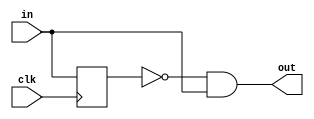
// This program was cloned from: https://github.com/tinyfpga/TinyFPGA-B-Series
// License: GNU General Public License v3.0

module rising_edge_detector ( 
  input clk,
  input in,
  output out
);
  reg in_q;

  always @(posedge clk) begin
    in_q <= in;
  end

  assign out = !in_q && in;
endmodule

module falling_edge_detector ( 
  input clk,
  input in,
  output out
);
  reg in_q;

  always @(posedge clk) begin
    in_q <= in;
  end

  assign out = in_q && !in;
endmodule